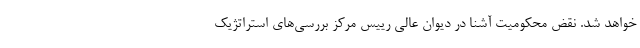
خواهد شد. نقض محکومیت آشنا در دیوان عالی رییس مرکز بررسی‌های استراتژیک